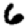
Digit: 6